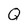
Character: Q